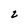
Character: 2